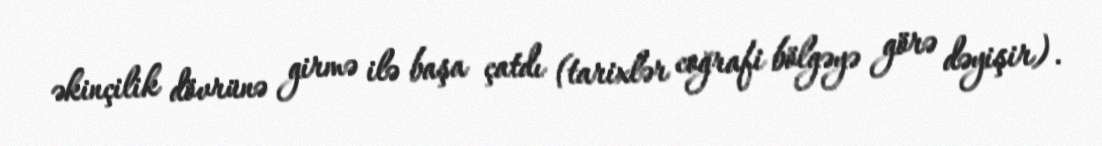
əkinçilik dövrünə girmə ilə başa çatdı (tarixlər coğrafi bölgəyə görə dəyişir).